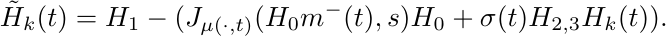
    \begin{equation*}
        \tilde{H}_k(t) = H_1 - (J_{\mu(\cdot, t)}(H_{0}m^{-}(t), s)H_{0} + \sigma(t) H_{2, 3}H_{k}(t)).
    \end{equation*}